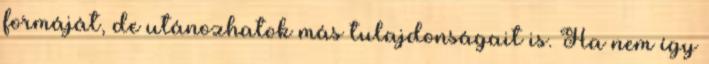
formáját, de utánozhatok más tulajdonságait is. Ha nem így